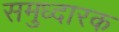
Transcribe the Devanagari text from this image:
समुध्दारक